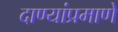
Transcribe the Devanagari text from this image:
दाण्यांप्रमाणे